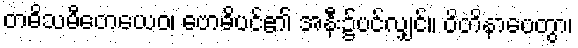
တဓိသမီတေယေဝ၊ ဗောဓိပင်၏ အနီး၌ပင်လျှင်။ ဝိတိနာပေတွာ၊